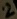
Text: 2